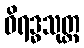
ဝိရဒ္ဓသုတ္တ